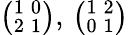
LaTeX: {\bigl(}{}_{2}^{1}\, _{1}^{0}{\bigr)},\, {\bigl(}{}_{0}^{1}\, _{1}^{2}{\bigr)}